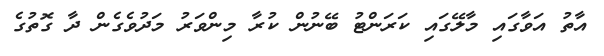
އާތު އަވާގައި މާލޭގައި ކަރަންޓު ބޭނުން ކުރާ މިންވަރު މަދުވެގެން ދާ ގޮތުގެ